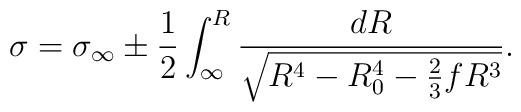
\sigma = \sigma_{\infty} \pm \frac{1}{2}\int_{\infty}^{R} \frac{dR}{\sqrt{R^4-R_0^4 - \frac{2}{3}fR^3}}.